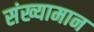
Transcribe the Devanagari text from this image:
संख्यामान